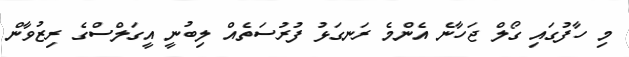
މި ހާފުގައި ގޯލް ޖަހާނެ އެންމެ ރަނގަޅު ފުރުސަތެއް ލިބުނީ އީގަލްސްގެ ރިޒުވާން